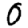
Digit: 0